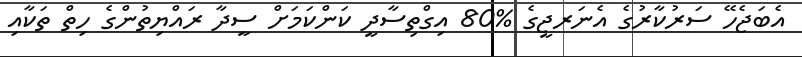
އެބަޖެހޭ ސަރުކާރުގެ އެނަރޖީގެ %80 އިގްތިސާދީ ކަންކަމަށް ސީދާ ރައްޔިތުންގެ ހިތް ތަކާއި